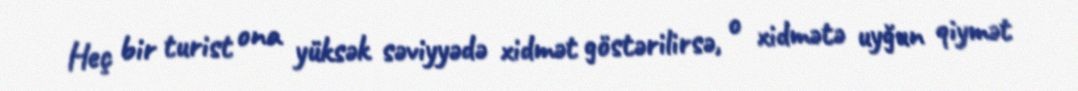
Heç bir turist ona yüksək səviyyədə xidmət göstərilirsə, o xidmətə uyğun qiymət